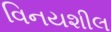
વિનયશીલ